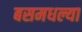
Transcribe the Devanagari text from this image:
बसमधल्या